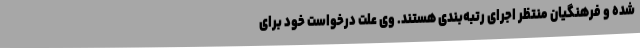
شده و فرهنگیان منتظر اجرای رتبه‌بندی هستند. وی علت درخواست خود برای